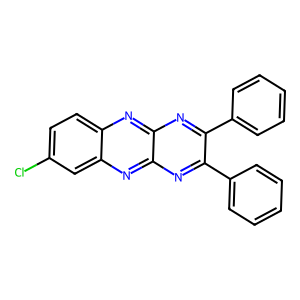
SMILES: Clc1ccc2nc3nc(-c4ccccc4)c(-c4ccccc4)nc3nc2c1
Inhibits HIV replication: No